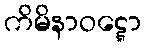
ကိမိနာဝဋ္ဋော